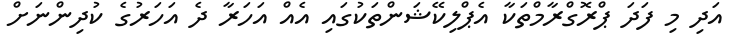
އަދި މި ފަދަ ޕްރޮގްރާމްތަކާ އެޕްލިކޭޝަންތަކުގައި އެއް އަހަރާ ދެ އަހަރުގެ ކުދިންނަށް